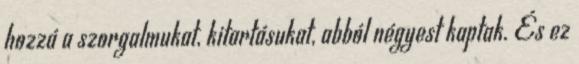
hozzá a szorgalmukat, kitartásukat, abból négyest kaptak. És ez